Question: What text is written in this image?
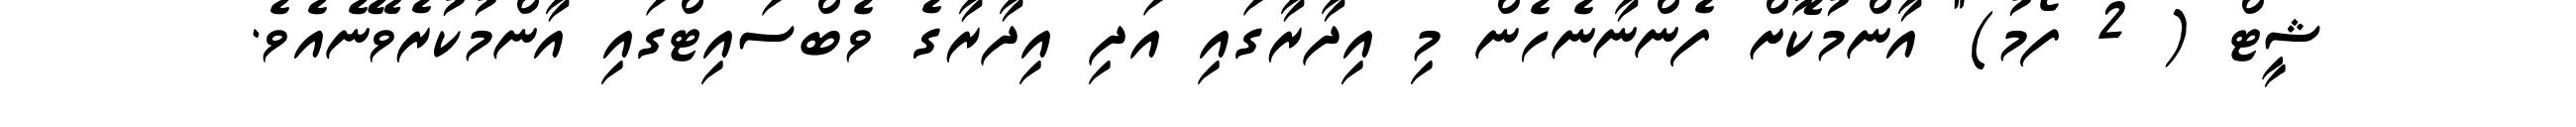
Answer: ޝީޓް ( 2 ފޯމު)" އާންމުކޮށް ފެންނާނެހެން މި އިދާރާގައި އަދި އިދާރާގެ ވެބްސައިޓްގައި އާންމުކުރެވޭނެއެވެ.